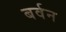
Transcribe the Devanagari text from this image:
बर्वन